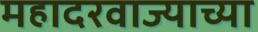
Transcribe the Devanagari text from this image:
महादरवाज्याच्या